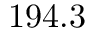
1 9 4 . 3